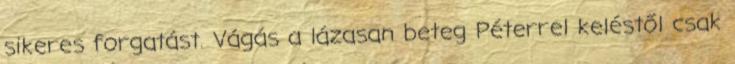
sikeres forgatást. Vágás a lázasan beteg Péterrel keléstől csak